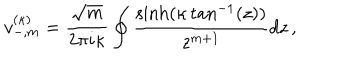
LaTeX: v _ { - , m } ^ { ( \kappa ) } = \frac { \sqrt { m } } { 2 \pi i \kappa } \oint \frac { \sinh ( \kappa \tan ^ { - 1 } ( z ) ) } { z ^ { m + 1 } } d z \, ,